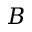
B